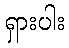
ရှားပါး